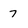
Character: 7